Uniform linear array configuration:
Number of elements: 4
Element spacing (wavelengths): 0.75
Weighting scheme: hamming
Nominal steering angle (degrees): -30
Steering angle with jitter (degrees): -29.838
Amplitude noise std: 0.05
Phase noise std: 0.05

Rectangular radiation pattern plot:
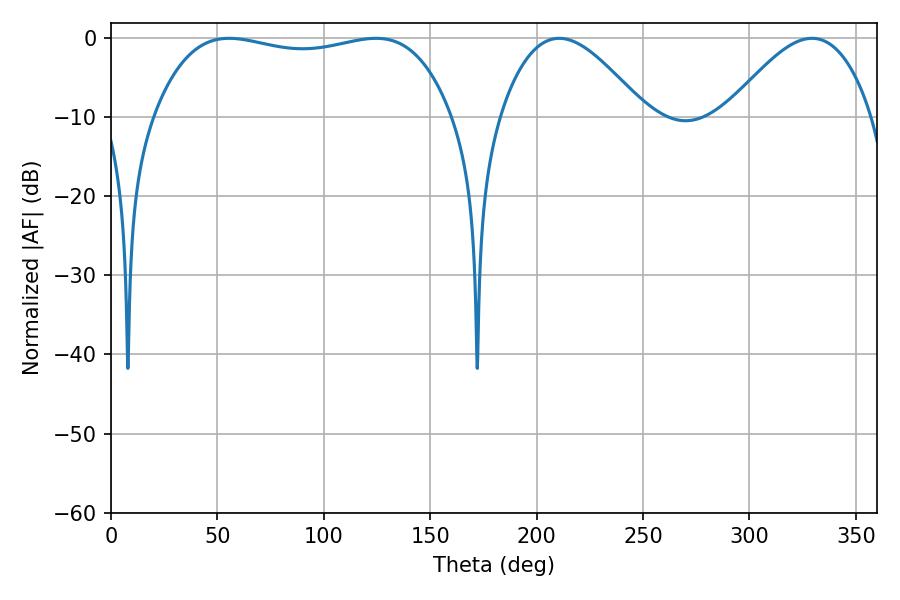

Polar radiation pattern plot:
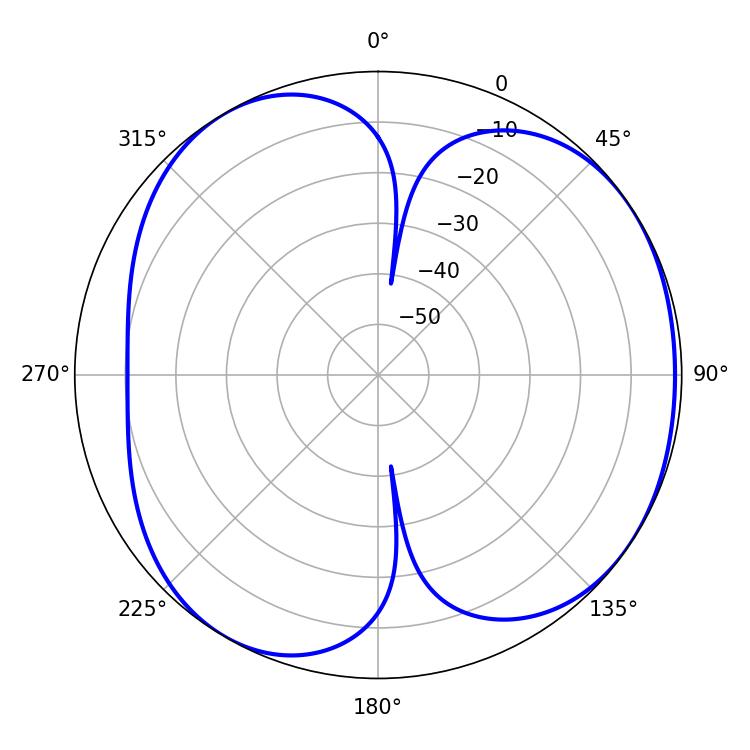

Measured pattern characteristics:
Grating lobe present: TRUE
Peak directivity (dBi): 4.762
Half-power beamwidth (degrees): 36.72
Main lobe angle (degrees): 210.6